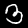
Digit: 3